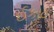
ઈકાટ